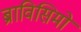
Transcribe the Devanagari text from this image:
ब्राविसिमो